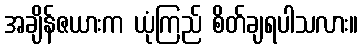
အချိန်ဇယားက ယုံကြည် စိတ်ချရပါသလား။